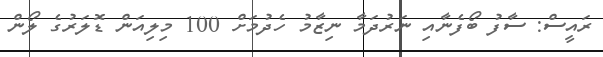
ރައީސް: ސާފު ބޯފެނާއި ނަރުދަމާ ނިޒާމު ހެދުމަށް 100 މިލިއަން ޑޮލަރުގެ ލޯން